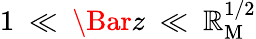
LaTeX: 1~\ll~\Bar{z}~\ll~\mathbb{R}_{\mathrm{{M}}}^{1/2}